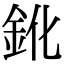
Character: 鈋